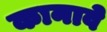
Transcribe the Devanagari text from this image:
कानावे